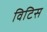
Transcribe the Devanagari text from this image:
विटिस